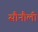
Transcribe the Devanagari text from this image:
सौनौली